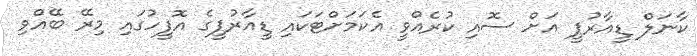
ކާނަލް ޑީއާރުޕީ އަށް ސޮއި ކުރެއްވީ އެކަމަށްޓަކައި ޑީއާރުޕީގެ އޮފީހުގައި މިރޭ ބޭއްވި